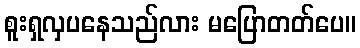
စူးရှလှပနေသည်လား မပြောတတ်ပေ။